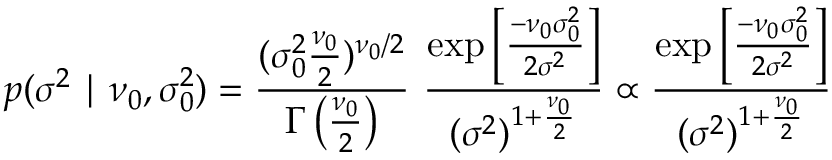
p ( \sigma ^ { 2 } \mid \nu _ { 0 } , \sigma _ { 0 } ^ { 2 } ) = { \frac { ( \sigma _ { 0 } ^ { 2 } { \frac { \nu _ { 0 } } { 2 } } ) ^ { \nu _ { 0 } / 2 } } { \Gamma \left( { \frac { \nu _ { 0 } } { 2 } } \right) } } ~ { \frac { \exp \left[ { \frac { - \nu _ { 0 } \sigma _ { 0 } ^ { 2 } } { 2 \sigma ^ { 2 } } } \right] } { ( \sigma ^ { 2 } ) ^ { 1 + { \frac { \nu _ { 0 } } { 2 } } } } } \propto { \frac { \exp \left[ { \frac { - \nu _ { 0 } \sigma _ { 0 } ^ { 2 } } { 2 \sigma ^ { 2 } } } \right] } { ( \sigma ^ { 2 } ) ^ { 1 + { \frac { \nu _ { 0 } } { 2 } } } } }